Burma Government Medical School reports 1907-22
Year: 1907
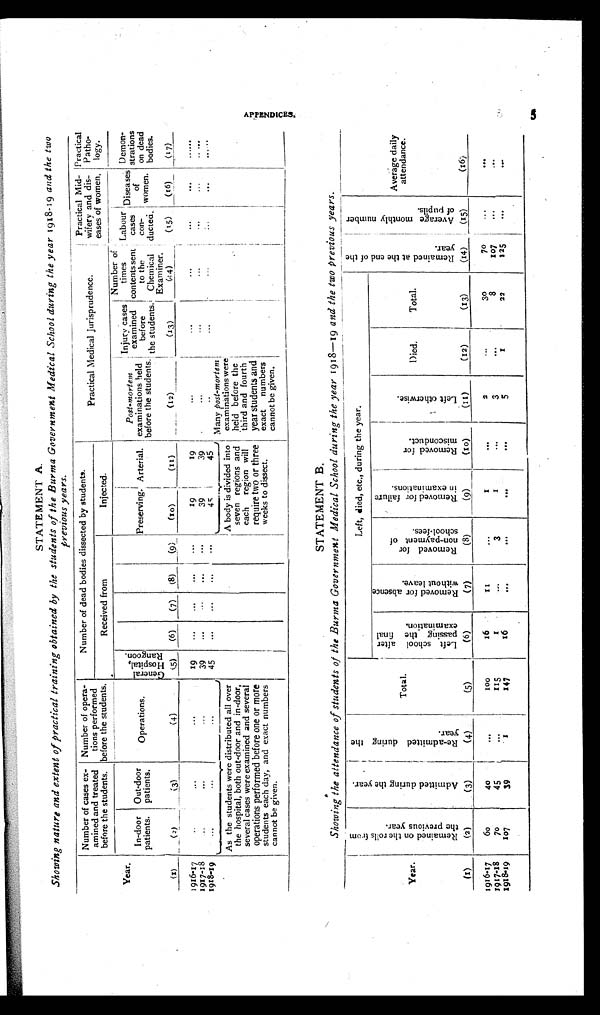
STATEMENT A.
Showing nature and extent of practical training obtained by the students of the Burma Government Medical School during the year 1918-19 and the two
previous years.
Year.
Number of cases ex-
amined and treated
before the students.
Number of opera-
tions performed
before the students.
Number of dead bodies dissected by students.
Practical Medical Jurisprudence.
Practical Mid-
wifery and dis-
eases of women.
Practical
Patho-
logy.
Received from
Injected.
In-door
patients.
Out-door
patients.
Operations.
G e n e r a l
H o s p i t a l ,
Rangoon.
Preserving. Arterial.
P o s t - m o r t e m
examinations h eld
before the students.
Injur y cases
examined
b e fo
r e t h e
students.
Number of
times
contents sent
to the
Chemical
Examiner.
Labour
cases
con-
ducted.
Disease
of
women.
Demon-
strations
on dead
bodies.
(1)
(2)
(3)
(4)
5)
(6)
(7)
(8)
(9)
(10)
(11)
(12)
(13)
(,I 4)
(15)
(16)
(17)
1916-17
..
...
.
...
19
____
...
...
...
...
19
19
...
...
...
...
. . .
...
1 9 1 7 -18
. . .
...
39
...
..5
...
...
39
39
...
...
..
. . .
...
1918-19
...
,..
45
...
...
...
. . .
45
45
. . .
. . .
. . .
...
. . .
. .
As the students were distributed all over
the hospital, both out-door and in-door,
several cases were examined and several
operations performed before one or more
students each day, and exact numbers
cannot be given.
A body is divided into
seven regions and
each region will
require two or three
weeks to dissect.
Many post-mortem
examinations were
held before the
third and fourth
year students and
exact numbers
cannot be given.
STATEMENT B.
Showing the attendance of students of the Burma Government Medical School during the year 1918-19 and the two Previous years.
Year.
R e m a i n e d o f t h e
r o l l s f r o m
t h e p r e v i o u s
y e a r .
A d m i t t e d
d u r i n g
t h e y e a r
R e - a d m i t t e d d u r i n g
t h e
y
e a r .
Total.
Left, died, etc., during the year.
R e m a i n e d a t t h e e n d o f t h e y e a r .
A v e r a g e
m o n t h
l y n u m b e r o f p u p i l s .
Average daily
attendance.
L e f t
s c h o o l
a f t e r
p a s s i n g
t h e f i n a l
e x a m i n a t i o n .
R e m o v e d f o r a b s e n c e
w i t h o u t
l e a v e .
R e m o v e d f o r
n o n - p a y m e n t , _ o f
Sc hool -
fees.
R e m o
v e d
f o r f a i l u r e i n
e x a m i n a t i o n s .
R e m o v e d
f o r
m i s c o n d u c t .
L e f t
o t h e r w i s e .
Died.
Total.
(1)
(2)
(3)
(4)
(5)
(6)
(7)
(8)
(9)
(10)
(11)
(12)
(13)
(14)
(15)
(16)
1916- 17
60
40
...
100
16
1 1 ...
1
. . .
2
...
30
70
...
. . .
1917-18
70
45
. .
1 1 5
1
. . . 3
1
. . .
8
...
8
107
...
...
1918-9
107
39
1
147
16
. . .
. . .
. . .
. . .
5
1
22
125
...
. . .
appendices.